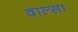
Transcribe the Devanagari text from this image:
वाल्सा